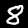
Digit: 8